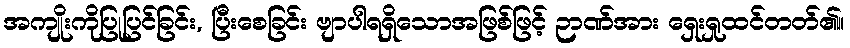
အကျိုးကိုပြုပြင်ခြင်း, ပြီးစေခြင်း ဗျာပါရရှိသောအဖြစ်ဖြင့် ဉာဏ်အား ရှေးရှုထင်တတ်၏။